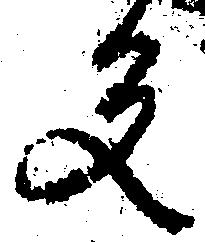
反